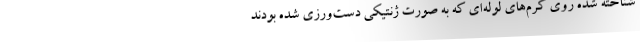
شناخته شده روی کرم‌های لوله‌ای که به صورت ژنتیکی دست‌ورزی شده بودند